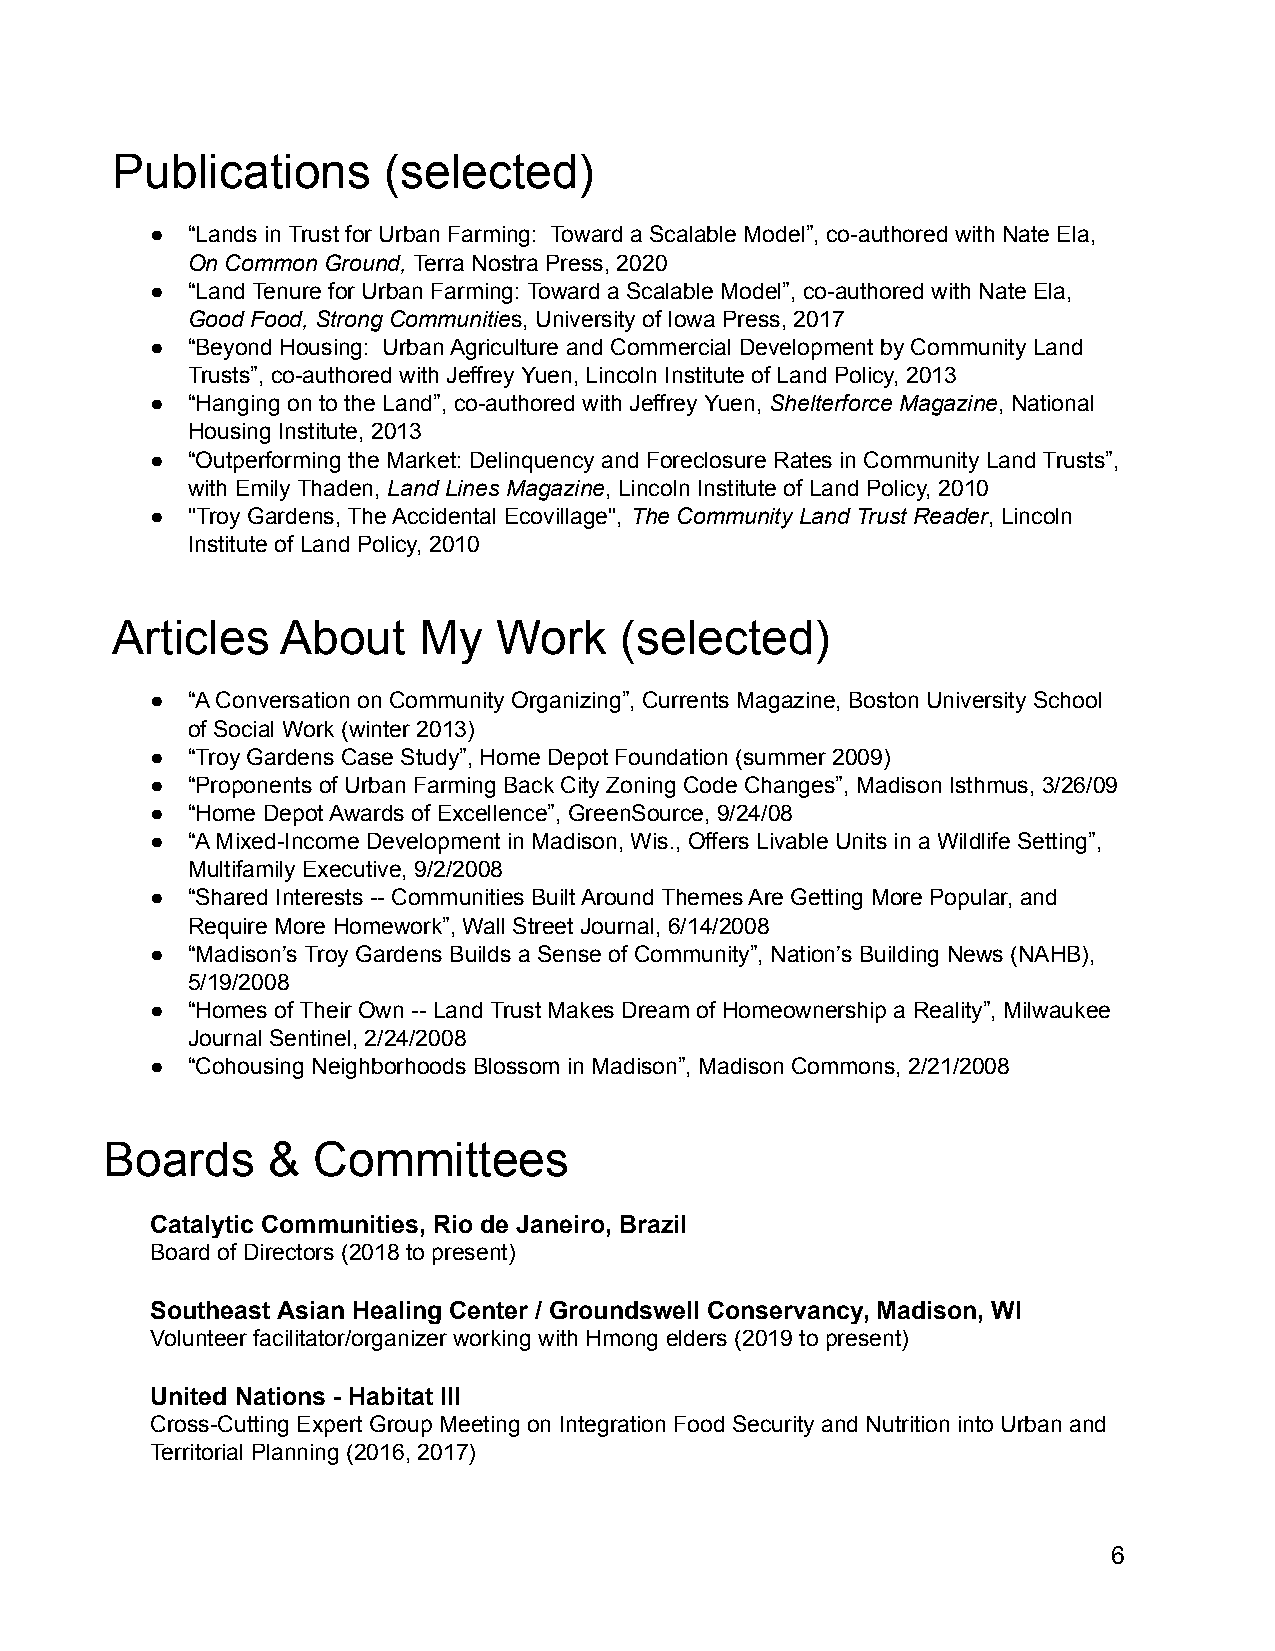
Publications      (selected)
 ● “Land s in Trust for Urban Farming: Toward a Scalable Model”, co-authored with Nate Ela,
 On Common Ground, Terra Nostra Press, 2020
 ● “Land Tenure for Urban Farming: Toward a Scalable Model”, co-authored with Nate Ela,
 Good Food, Strong Communities, University of Iowa Press, 2017
 ● “Beyond Housing: Urban Agriculture and Commercial Development by Community Land
 Trusts”, co-authored with Jeffrey Yuen, Lincoln Institute of Land Policy, 2013
 ● “Hanging on to the Land”, co-authored with Jeffrey Yuen, Shelterforce Magazine, National
 Housing Institute, 2013
 ● “Outperforming the Market: Delinquency and Foreclosure Rates in Community Land Trusts”,
 with Emily Thaden, Land Lines Magazine, Lincoln Institute of Land Policy, 2010
 ● "Troy Gardens, The Accidental Ecovillage", The Community Land Trust Reader, Lincoln
 Institute of Land Policy, 2010
 Articles    About    My   Work    (selected)
 ● “A Conversation on Community Organizing”, Currents Magazine, Boston University School
 of Social Work (winter 2013)
 ● “Troy Gardens Case Study”, Home Depot Foundation (summer 2009)
 ● “Proponents of Urban Farming Back City Zoning Code Changes”, Madison Isthmus, 3/26/09
 ● “Home Depot Awards of Excellence”, GreenSource, 9/24/08
 ● “A Mixed-Income Development in Madison, Wis., Offers Livable Units in a Wildlife Setting”,
 Multifamily Executive, 9/2/2008
 ● “Shared Interests -- Communities Built Around Themes Are Getting More Popular, and
 Require More Homework”, Wall Street Journal, 6/14/2008
 ● “Madison’s Troy Gardens Builds a Sense of Community”, Nation’s Building News (NAHB),
 5/19/2008
 ● “Homes of Their Own -- Land Trust Makes Dream of Homeownership a Reality”, Milwaukee
 Journal Sentinel, 2/24/2008
 ● “Cohousing Neighborhoods Blossom in Madison”, Madison Commons, 2/21/2008
 Boards     &  Committees
 Catalytic Communities, Rio de Janeiro, Brazil
 Board of Directors (2018 to present)
 Southeast Asian Healing Center / Groundswell Conservancy, Madison, WI
 Volunteer facilitator/organizer working with Hmong elders (2019 to present)
 United Nations - Habitat III
 Cross-Cutting Expert Group Meeting on Integration Food Security and Nutrition into Urban and
 Territorial Planning (2016, 2017)
 6